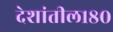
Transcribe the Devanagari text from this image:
देशांतील१८०